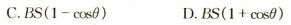
C.$$B S ( 1 - \cos \theta )$$ D.$$B S ( 1 + \cos \theta )$$